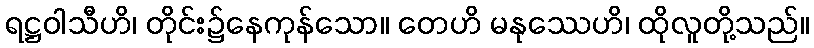
ရဋ္ဌဝါသီဟိ၊ တိုင်း၌နေကုန်သော။ တေဟိ မနုဿေဟိ၊ ထိုလူတို့သည်။